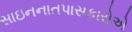
સાઇનનાતપાસકારોએ